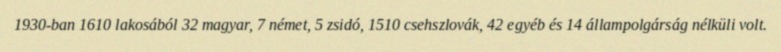
1930-ban 1610 lakosából 32 magyar, 7 német, 5 zsidó, 1510 csehszlovák, 42 egyéb és 14 állampolgárság nélküli volt.